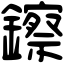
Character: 鑔